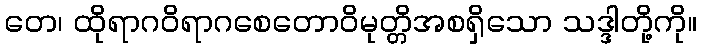
တေ၊ ထိုရာဂဝိရာဂစေတောဝိမုတ္တိအစရှိသော သဒ္ဒါတို့ကို။